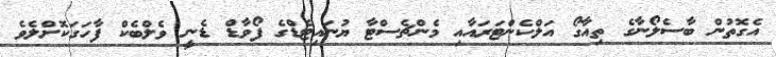
އެގޮތުން ބާސެލޯނާގެ ތިއާގޯ އަލްކެންޓަރައާއި މެންޗެސްޓާ ޔުނައިޓެޑްގެ ފޯވާޑް ޑެނީ ވެލްބެކް ފާހަގަކޮށްލެވެ